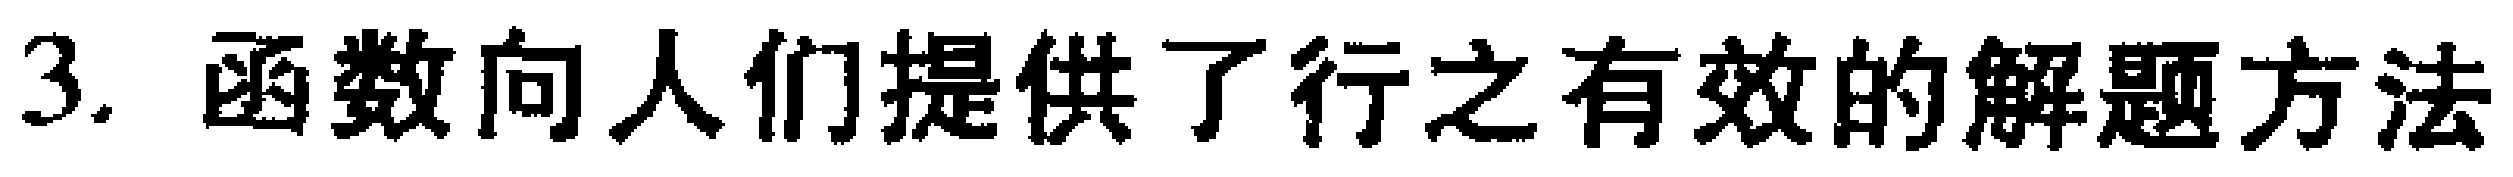
3. 函数向人们提供了行之有效的解题方法